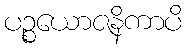
ပဉ္စယောဇနိကာပိ